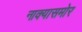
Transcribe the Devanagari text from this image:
नाक्‍यासमोर